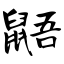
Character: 鼯